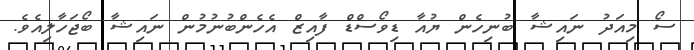
ސޯ މިއަދު ނައިޝާ ބުނިހެން ޔުއާ ޑިވޯސްޑް ފާއިޒް އެހެންްބުނުމުން ނައިޝާ ބޯޖަހާލިއެވެ.